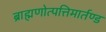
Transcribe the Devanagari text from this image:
ब्राह्मणोत्पत्तिमार्तण्ड